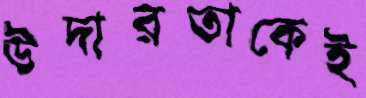
উদারতাকেই